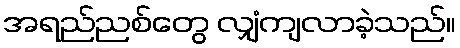
အရည်ညစ်တွေ လျှံကျလာခဲ့သည်။